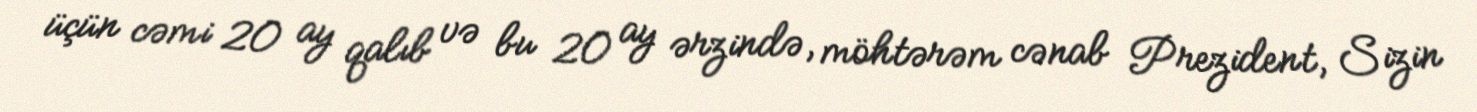
üçün cəmi 20 ay qalıb və bu 20 ay ərzində, möhtərəm cənab Prezident, Sizin